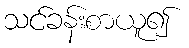
သင်ခန်းစာယူ၍